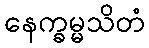
နေက္ခမ္မသိတံ